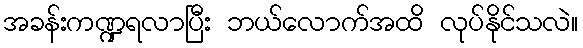
အခန်းကဏ္ဍရလာပြီး ဘယ်လောက်အထိ လုပ်နိုင်သလဲ။